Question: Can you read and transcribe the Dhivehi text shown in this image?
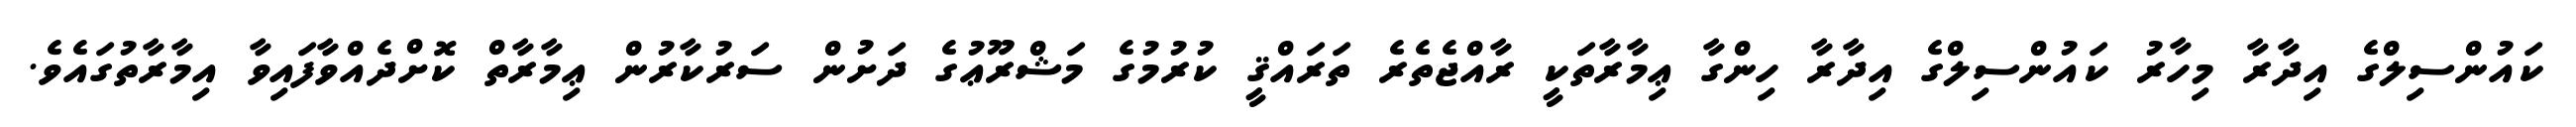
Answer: ކައުންސިލްގެ އިދާރާ މިހާރު ކައުންސިލްގެ އިދާރާ ހިންގާ ޢިމާރާތަކީ ރާއްޖެތެރެ ތަރައްޤީ ކުރުމުގެ މަޝްރޫޢުގެ ދަށުން ސަރުކާރުން ޢިމާރާތް ކޮށްދެއްވާފައިވާ އިމާރާތުގައެވެ.